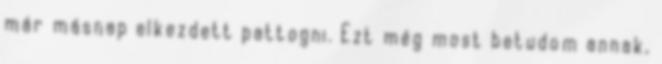
már másnap elkezdett pattogni. Ezt még most betudom annak,